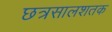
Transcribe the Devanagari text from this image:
छत्रसालशतक